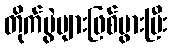
တိုက်ပွဲများဖြစ်ပွားပြီး